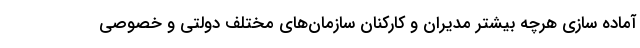
آماده سازی هرچه بیشتر مدیران و کارکنان سازمان‌های مختلف دولتی و خصوصی